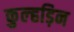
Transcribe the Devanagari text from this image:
कुल्‍हड़िन